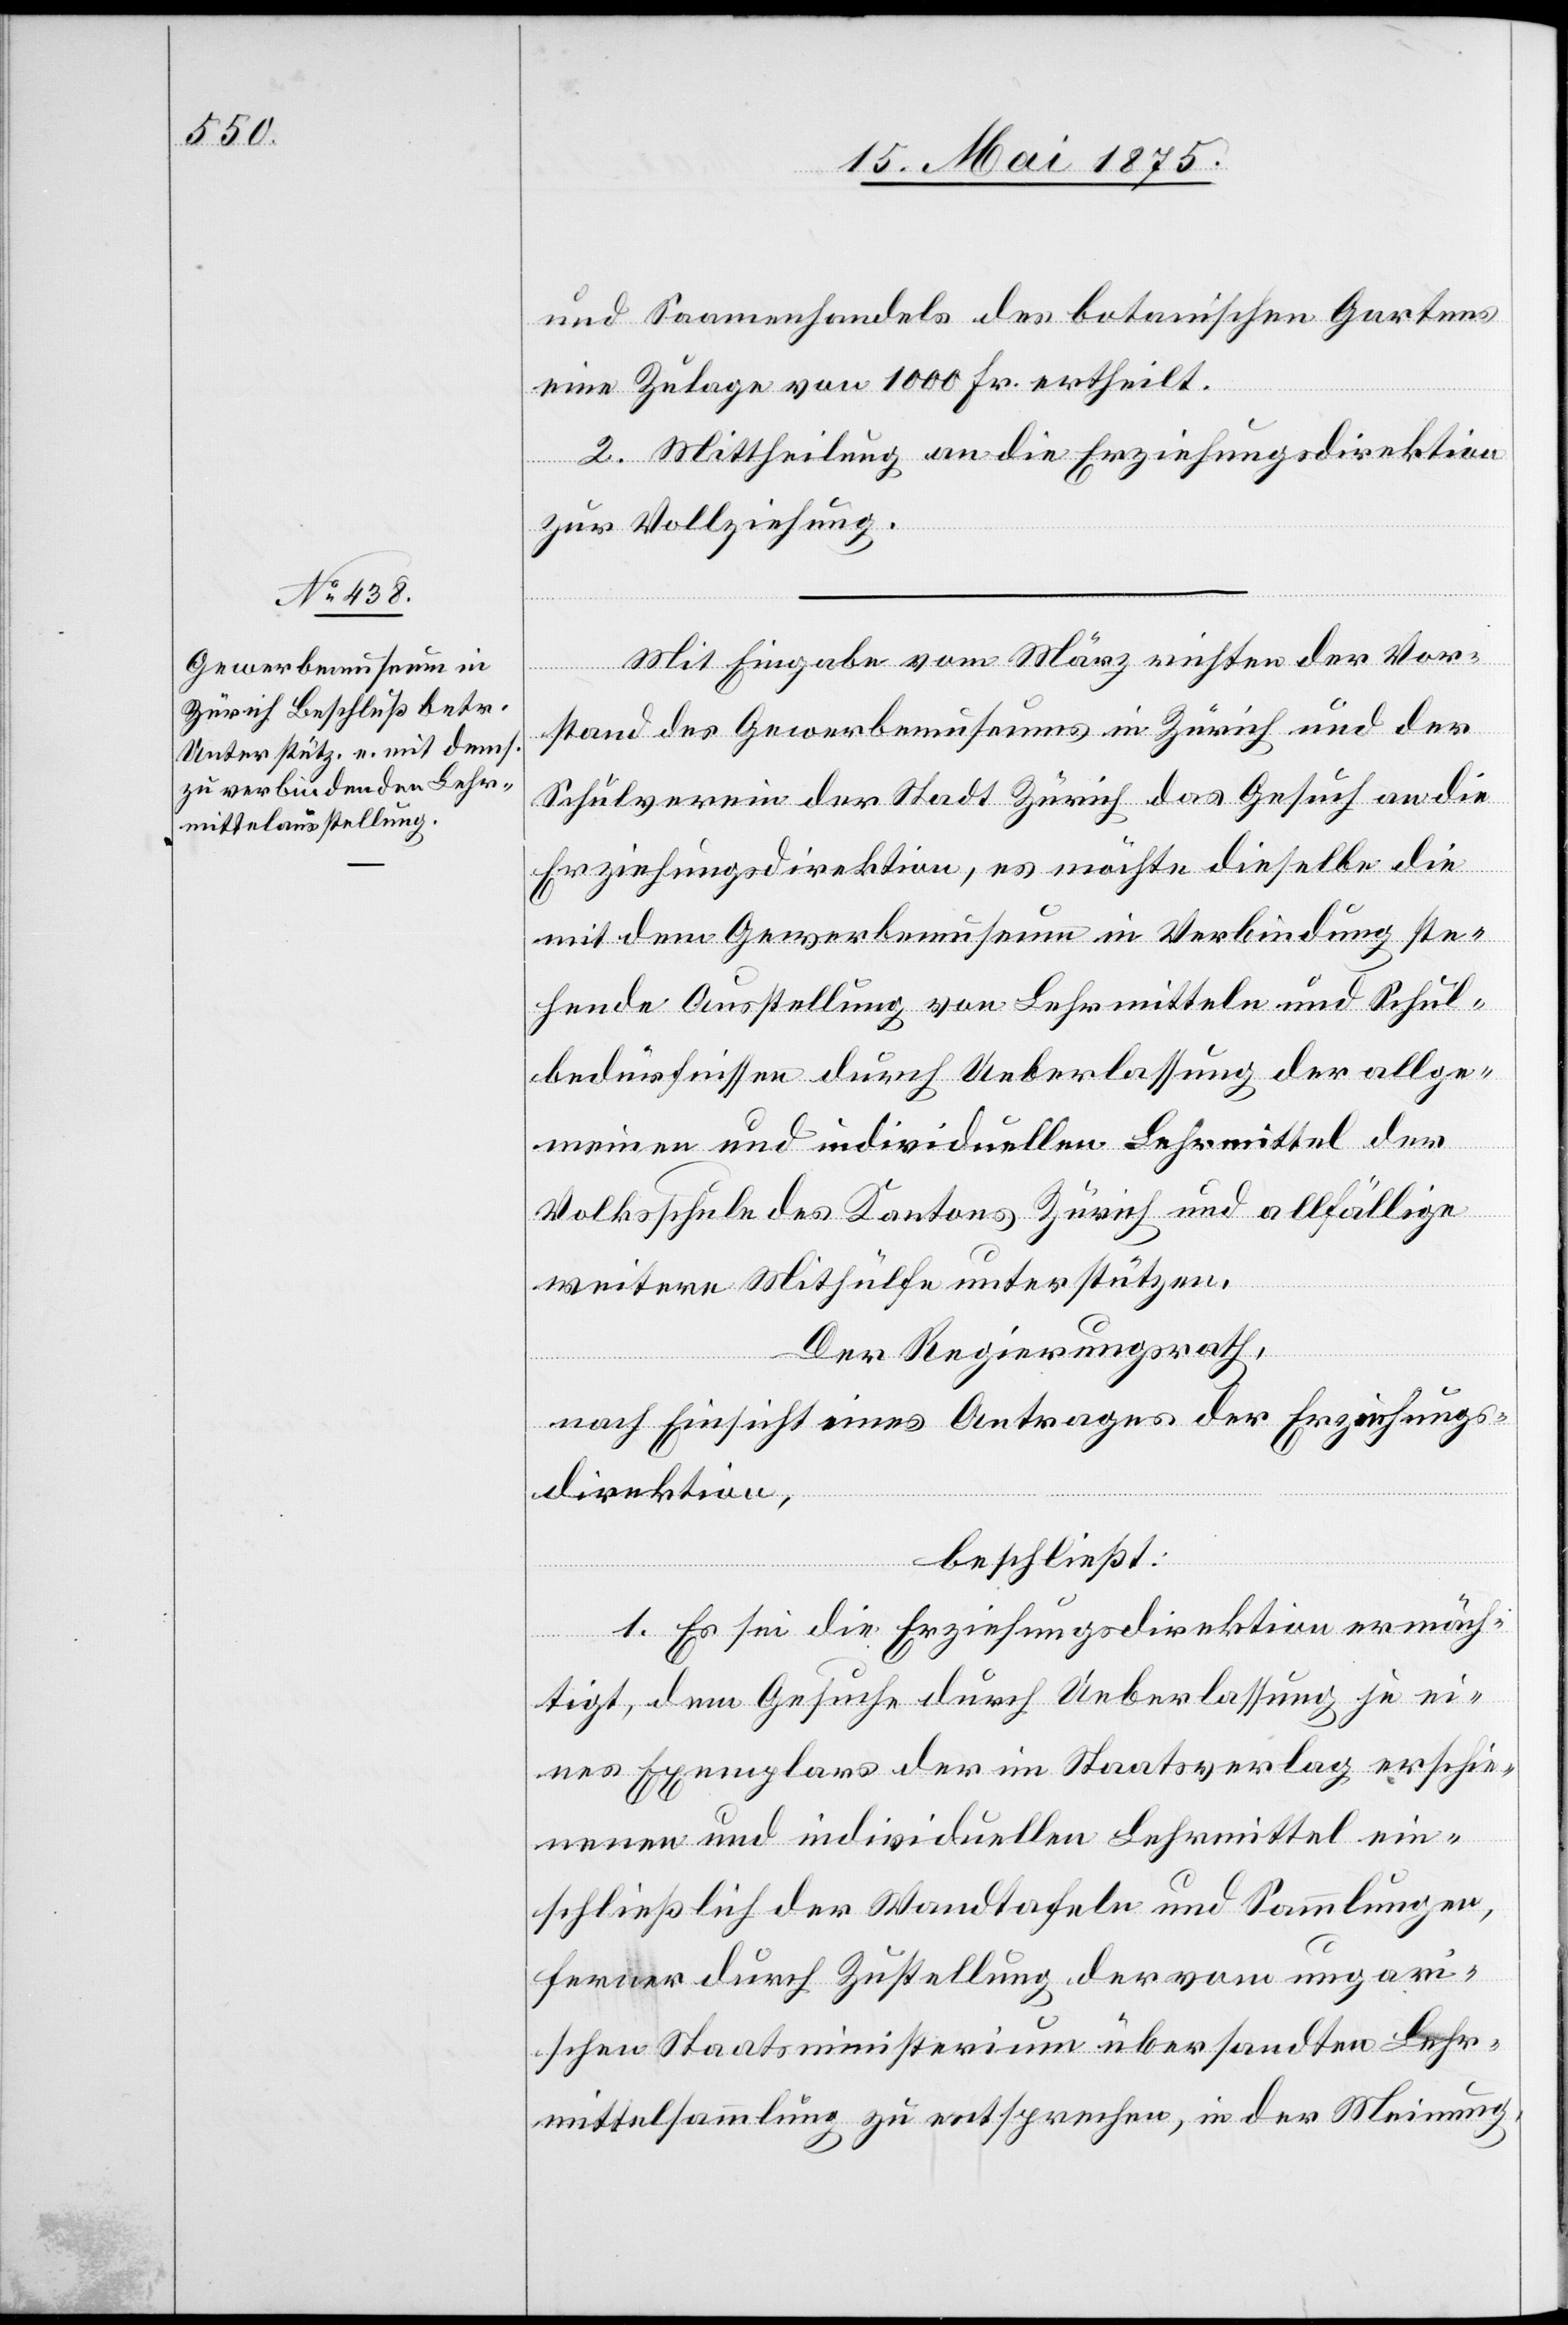
Gewerbemuseum in

Samenhandels des botanischen Garten¬
dem
eine Zulage von 1000 Fr. ertheilt.
2. Mittheilung an die Erziehungsdirektion
zur Vollziehung.
Mit Eingabe vom März richten der Vor¬
stand des Gewerbemuseums in Zürich und der
Schulverein der Stadt Zürich das Gesuch an die
Erziehungsdirektion, es möchte dieselbe die
hende Ausstellung von Lehrmitteln und Schul¬
bedürfnissen durch Ueberlassung der allge¬
meinen und individuellen Lehrmittel der
Volksschule des Kantons Zürich und allfällige
weitere Mithülfe unterstützen.
ste¬
Der Regierungsrath,
nach Einsicht eines Antrages der Erziehungs¬
direktion,
beschließt:
1. Es sei die Erziehungsdirektion ermäch¬
tigt, dem Gesuche durch Ueberlassung je ei¬
nes Exemplars der im Staatsverlag erschie¬
nenen und individuellen Lehrmittel ein¬
schließlich der Wandtafeln und Sammlungen,
ferner durch Zustellung der vom ungari¬
schen Staatsministerium übersandten Lehr¬
mittelsammlung zu entsprechen, in der Meinung,